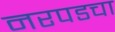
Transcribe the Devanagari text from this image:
नरपडचा